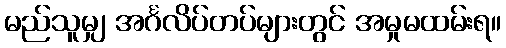
မည်သူမျှ အင်္ဂလိပ်တပ်များတွင် အမှုမထမ်းရ။